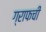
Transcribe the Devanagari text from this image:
ग्राफची